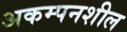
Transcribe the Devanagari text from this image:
अकम्पनशील